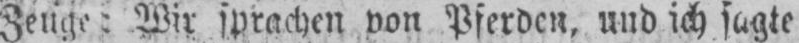
Zeuge; Wir sprachen non Pferden, und ich sagte